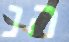
הנ